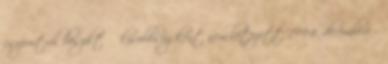
csoportról beszélt  kisebbségként nem létezett 1994. decembere –